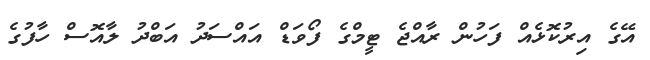
އޭގެ އިރުކޮޅެއް ފަހުން ރާއްޖެ ޓީމްގެ ފޯވަޑް އައްސަދު އަބްދު ލާއޮސް ހާފުގެ